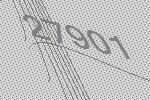
27901